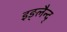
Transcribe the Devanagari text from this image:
इङ्लैन्द्